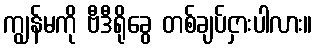
ကျွန်မကို ဗီဒီရိုခွေ တစ်ချပ်ငှားပါလား။